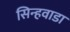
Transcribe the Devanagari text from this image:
सिन्हवाडा